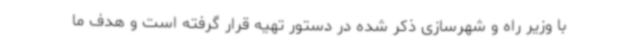
با وزیر راه و شهرسازی ذکر شده در دستور تهیه قرار گرفته است و هدف ما